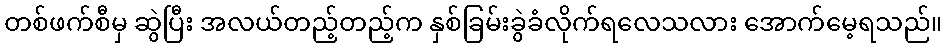
တစ်ဖက်စီမှ ဆွဲပြီး အလယ်တည့်တည့်က နှစ်ခြမ်းခွဲခံလိုက်ရလေသလား အောက်မေ့ရသည်။